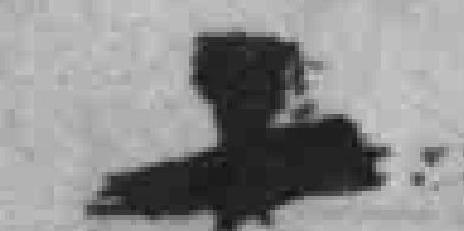
十